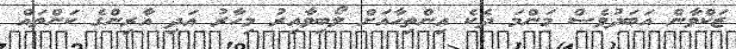
ޒަކްވާން އަބަދުވެސް މަންމަ ދެކެ އިންތިހާއަށް ލޯބިވާއިރު މިހާރު އަދި އާރިންގެ ކަންތައް